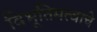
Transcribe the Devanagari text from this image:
विभूतिमत्वाचे